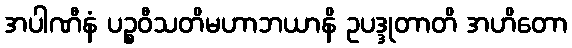
အပါဏီနံ ပဉ္စဝီသတိမဟာဘယာနိ ဥပဒ္ဒုတာတိ အဟိတော